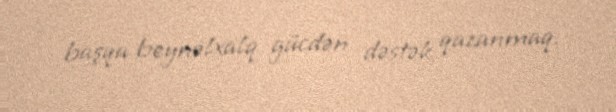
başqa beynəlxalq gücdən dəstək qazanmaq.